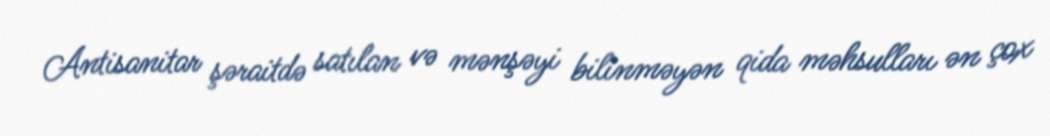
Antisanitar şəraitdə satılan və mənşəyi bilinməyən qida məhsulları ən çox